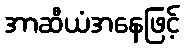
အာဆီယံအနေဖြင့်